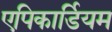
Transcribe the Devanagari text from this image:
एपिकार्डियम